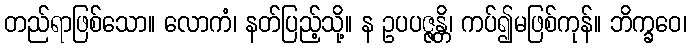
တည်ရာဖြစ်သော။ လောကံ၊ နတ်ပြည့်သို့။ န ဥပပဇ္ဇန္တိ၊ ကပ်၍မဖြစ်ကုန်။ ဘိက္ခဝေ၊